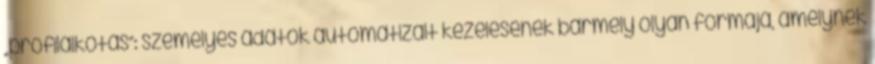
„profilalkotás”: személyes adatok automatizált kezelésének bármely olyan formája, amelynek